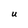
Character: U